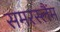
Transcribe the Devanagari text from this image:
समरस्लैंम